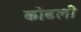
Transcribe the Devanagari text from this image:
कोढली